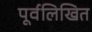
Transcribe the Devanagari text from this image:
पूर्वलिखित